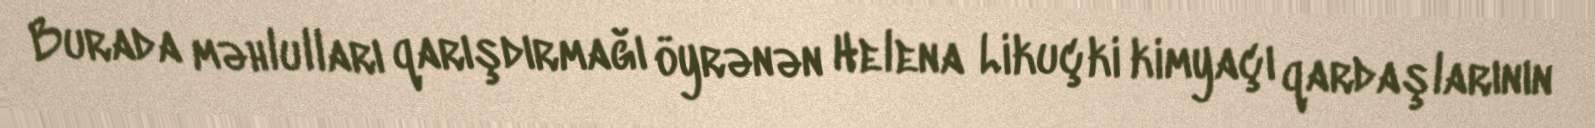
Burada məhlulları qarışdırmağı öyrənən Helena Likuçki kimyaçı qardaşlarının